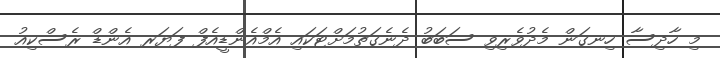
މި ހާދިސާ ހިނގަން މެދުވެރިވި ސަބަބު ދެނެގަތުމަށްޓަކައި އެމްއެންޑީއެފް ފަޔަރ އެންޑް ރެސްކިއު